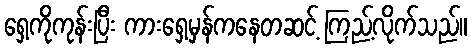
ရှေ့ကိုကုန်းပြီး ကားရှေ့မှန်ကနေတဆင့် ကြည့်လိုက်သည်။